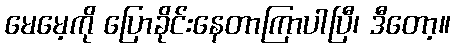
မေမေ့ကို ပြောခိုင်းနေတာကြာပါပြီ၊ ဒီတော့။